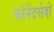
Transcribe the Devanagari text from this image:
कोनेंटसेवो